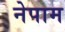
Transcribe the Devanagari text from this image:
नेपाम